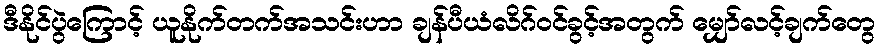
ဒီနိုင်ပွဲကြောင့် ယူနိုက်တက်အသင်းဟာ ချန်ပီယံလိဂ်ဝင်ခွင့်အတွက် မျှော်လင့်ချက်တွေ